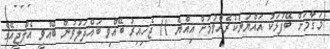
މަޤާމަށް ބޭފުޅަކު އައްޔަނުކުރެއްވުމަށް އިއްޔެ 11 ޖެހިއިރު ބޭއްވި ބައްދަލުވުން ބޭއްވީ އެލްޖީއޭގެ